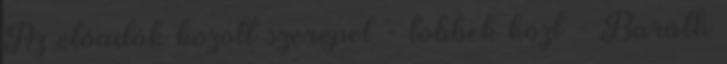
Az előadók között szerepel - többek közt - Baráth